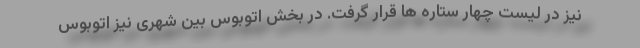
نیز در لیست چهار ستاره ها قرار گرفت. در بخش اتوبوس بین شهری نیز اتوبوس